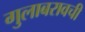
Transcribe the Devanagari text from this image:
गुलाबरावची